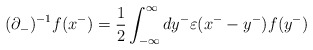
\begin{align*}({\partial}_-)^{-1}f(x^-)=\frac{1}{2}\int_{-{\infty}}^{\infty}dy^-{\varepsilon}(x^--y^-)f(y^-) \end{align*}